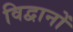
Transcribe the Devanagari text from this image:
विद्वानों